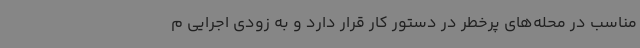
مناسب در محله‌های پرخطر در دستور کار قرار دارد و به زودی اجرایی م